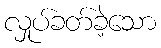
လှုပ်ခတ်ခဲ့သော